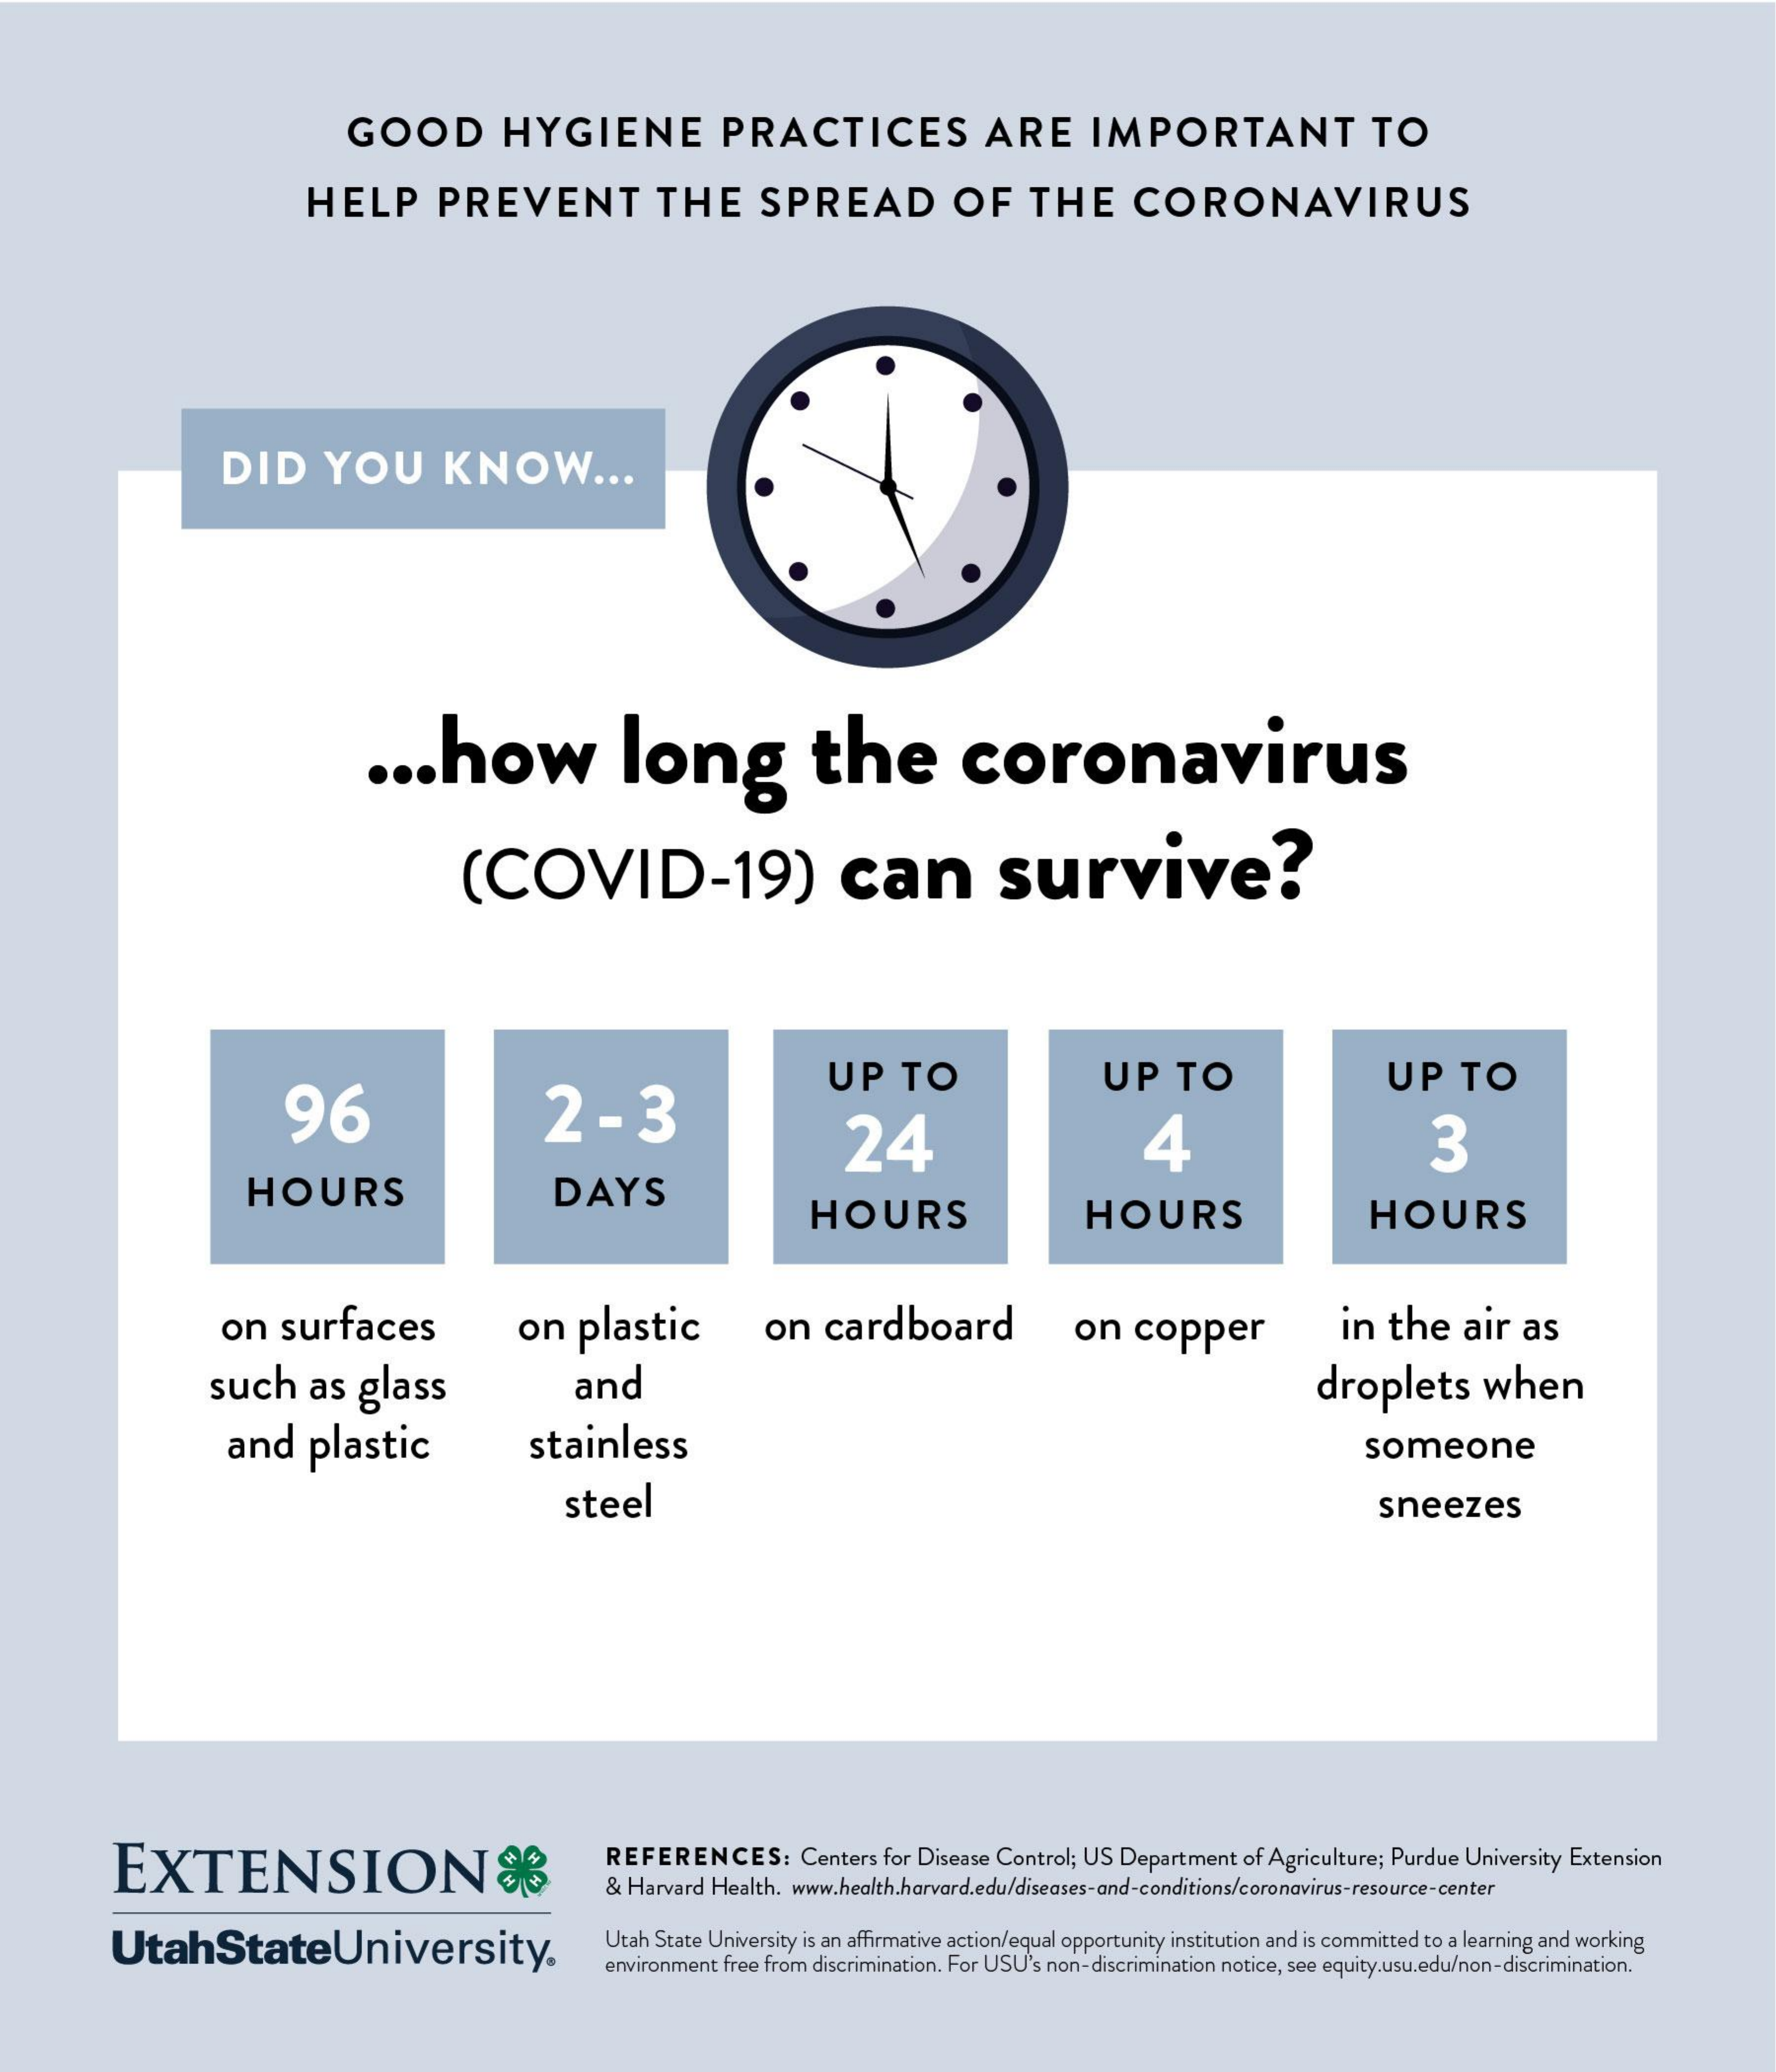
GOOD    HYGIENE    PRACTICES    ARE    IMPORTANT    TO
     HELP    PREVENT    THE    SPREAD    OF    THE    CORONAVIRUS
     DID    YOU    KNOW    ...
     ...    how    long    the    coronavirus
     (COVID-19)    can    survive?
     96    2    -   3
     UP    TO    UP    TO    UP    TO
     24    4    3
     HOURS    DAYS
     HOURS    HOURS    HOURS
     on    surfaces    on    plastic    on   cardboard    on    copper    in  the    air   as
     such    as   glass    and    droplets    when
     and    plastic    stainless    someone
     steel    sneezes
     EXTENSION&    REFERENCES:    Centers  for Disease Control; US Department  of Agriculture; Purdue University Extension
     & Harvard Health.  www.health.harvard.edu/diseases-and-conditions/coronavirus-resource-center
     UtahStateUniversity.
     Utah State University is an affirmative action/equal opportunity institution and is committed to a learning and working
     erwironment free from discrimination. For USU's non-discrimination notice, see equity.usu.edu/non-discrimination.